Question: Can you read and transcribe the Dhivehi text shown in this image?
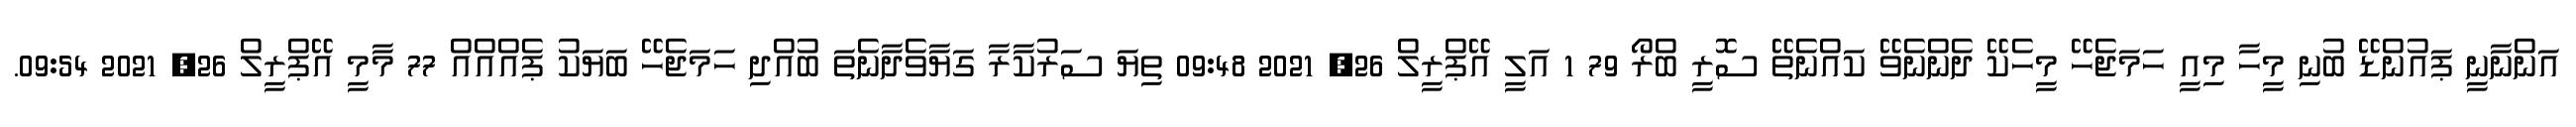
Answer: އަންނާނީ ޕައުންޑޭ ބުނި މީހާ މިއީ ހަމަޖެހޭ މީހެކޭ ދެންނެވޭ ކައްނެތޭ ސޮރީ ބްރޯ 79 1 އަލީ އޭޕްރީލް 26, 2021 09:48 ތިޔަ ސަރުކާރާ ގަޔާވެދާނެތަ ބުއްދި ހަމަޖެހޭ ބަޔަކު ޕެއްއްއް 77 މާމީ އޭޕްރީލް 26, 2021 09:54.